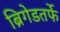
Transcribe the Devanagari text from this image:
ब्रिगेडतर्फे